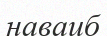
наваиб